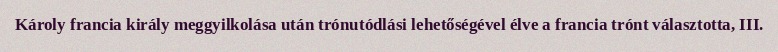
Károly francia király meggyilkolása után trónutódlási lehetőségével élve a francia trónt választotta, III.